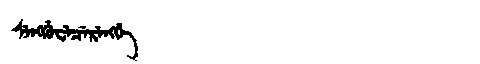
Manchu: ᠰᡝᠩᡤᡠᠸᡝᠴᡝᡵᡝᠩᡤᡝ
Romanization: SENGGUWECERENGGE